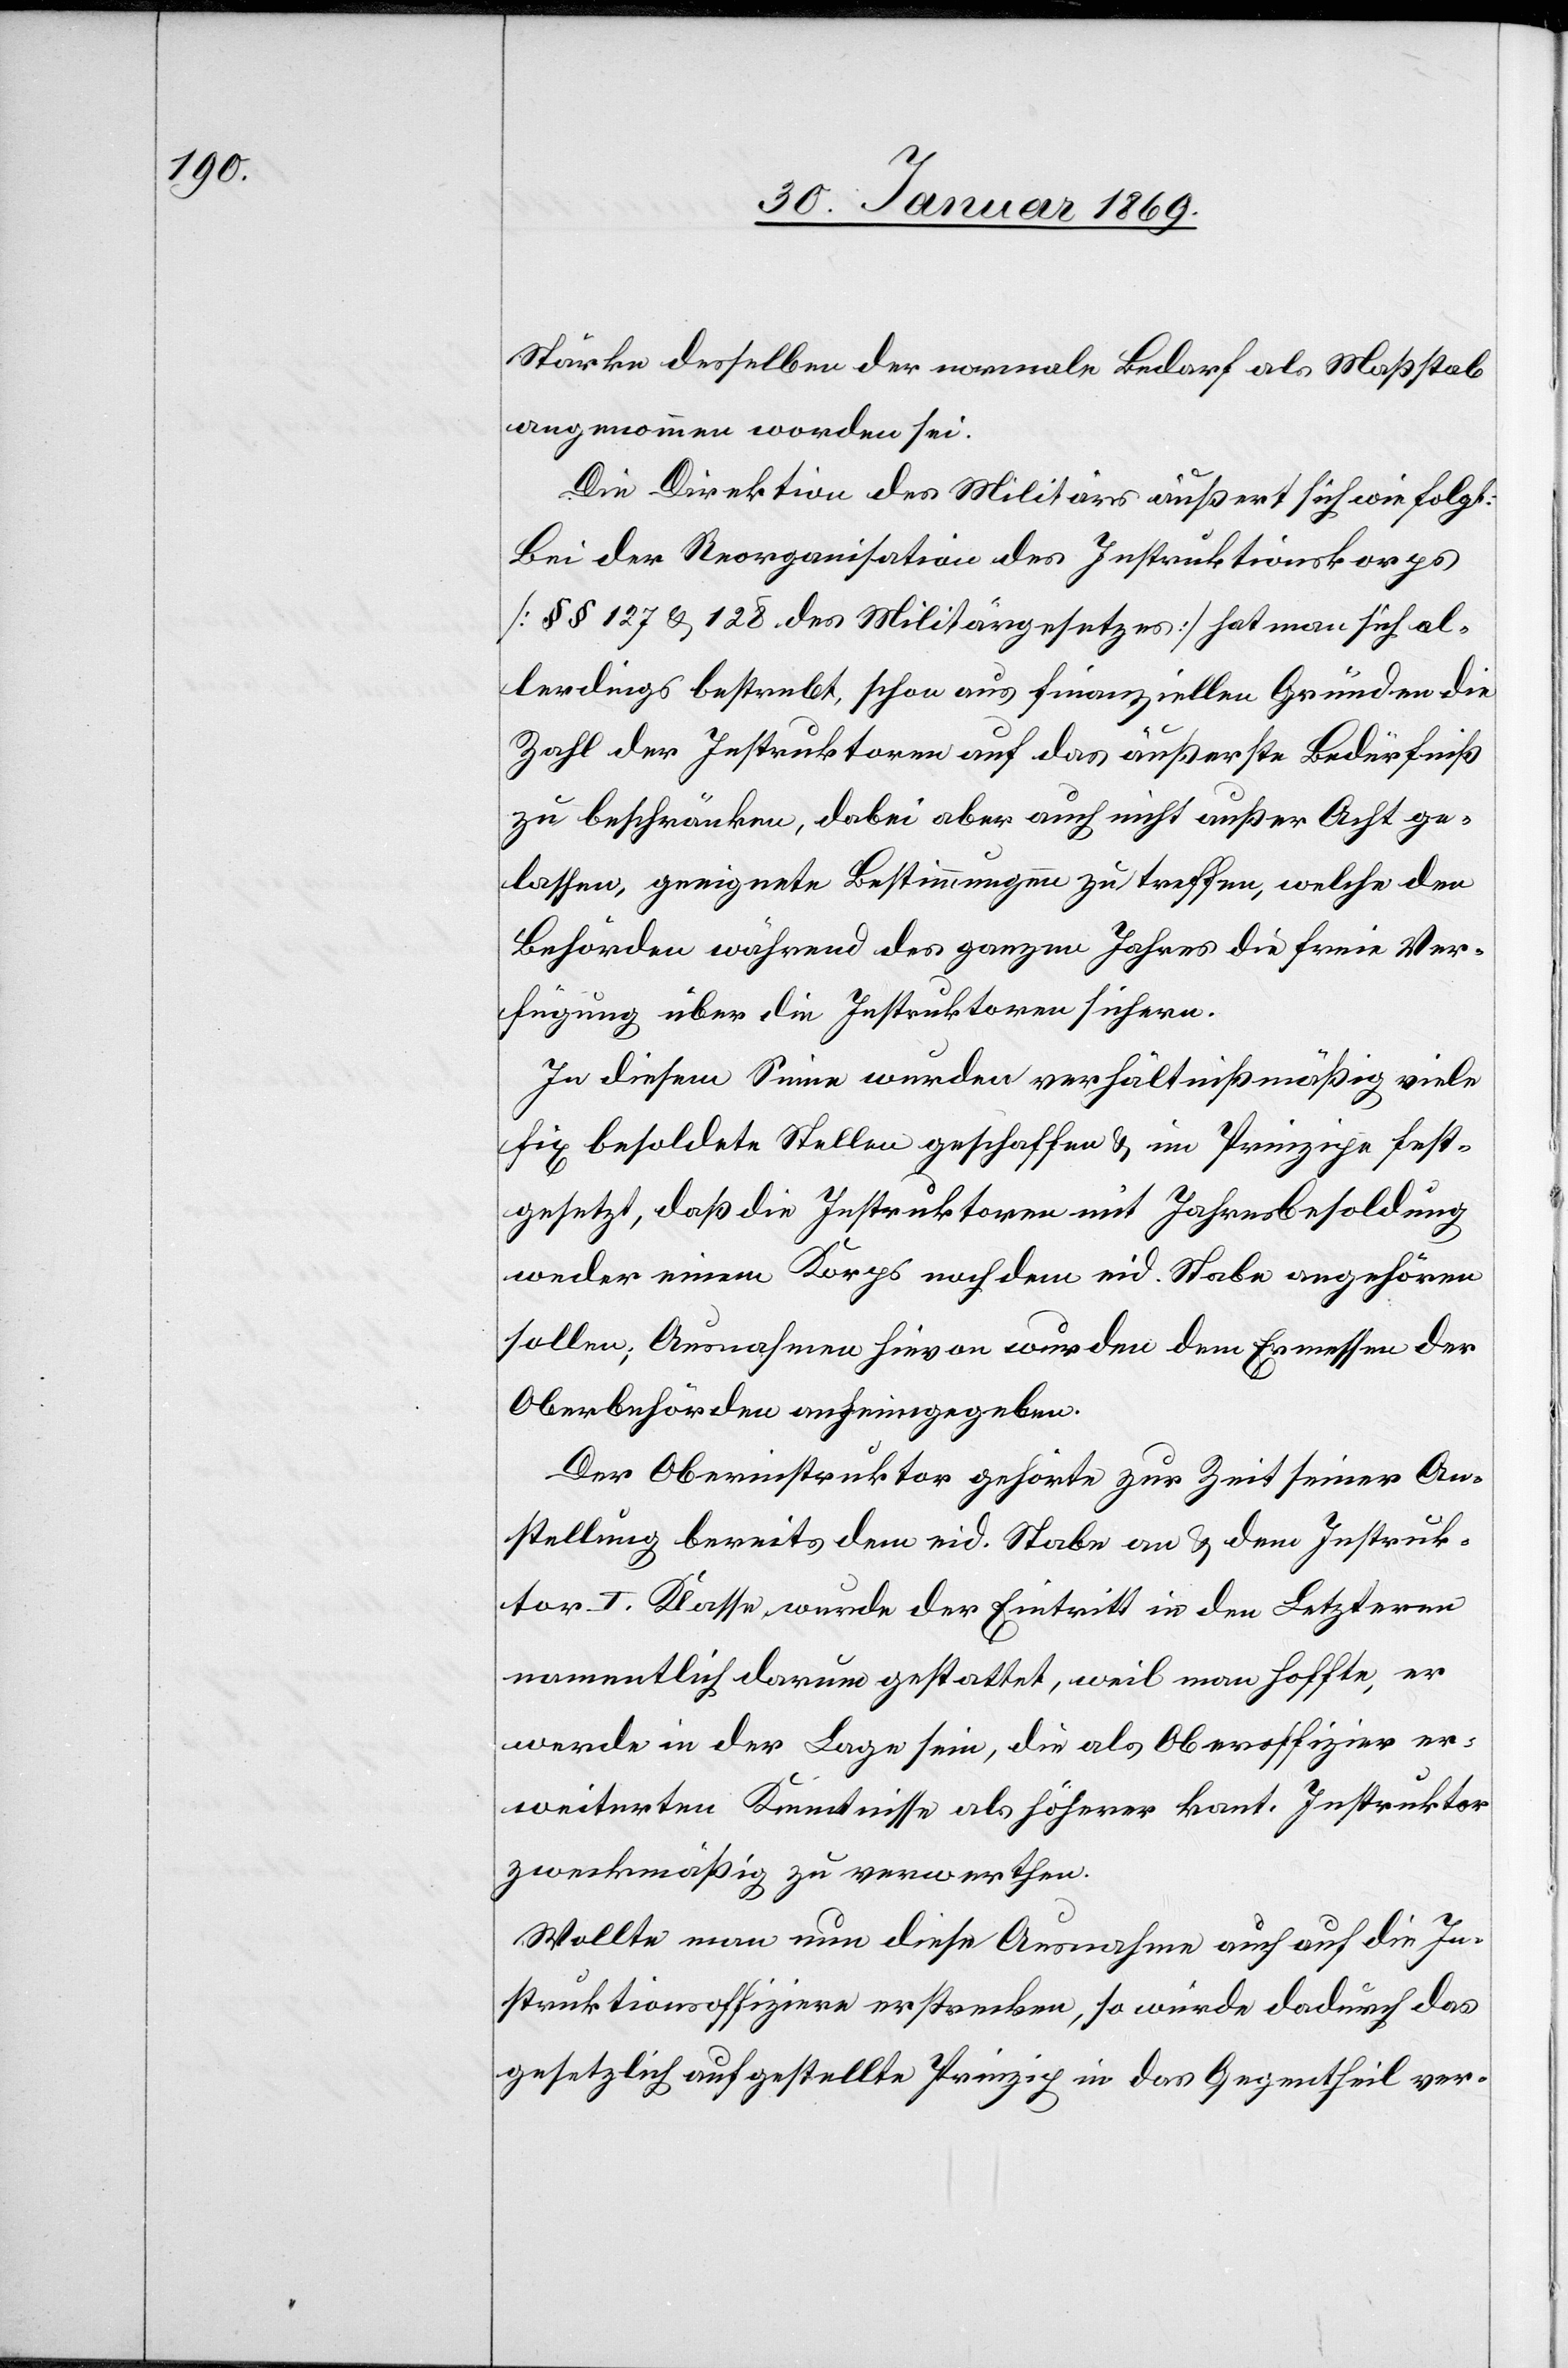
Stärke desselben der normale Bedarf als Maßstab
angenommen worden sei.
Die Direktion des Militärs äußert sich wie folgt:
Bei der Reorganisation des Instruktionskorps
[§§ 127 u. 128 des Militärgesetzes] hat man sich al¬
lerdings bestrebt, schon aus finanziellen Gründen die
Zahl der Instruktionen auf das äußerste Bedürfniß
zu beschränken, dabei aber auch nicht außer Acht ge¬
lassen, geeignete Bestimmungen zu treffen, welche den
Behörden während des ganzen Jahres die freie Ver¬
fügung über die Instruktionen sichern.
In diesem Sinne wurden verhältnißmäßig viele
fix besoldete Stellen geschaffen u. im Prinzip fest¬
gesetzt, daß die Instruktoren mit Jahresbesoldung
weder einen Korps noch dem eid. Stabe angehören
sollen; Ausnahme hievon wurden dem Ermessen der
Oberbehörden anheimgegeben.
Der Oberinstruktor gehörte zur Zeit seiner An¬
stellung bereits dem eid. Stabe an u. dem Instruk¬
tor I. Klasse wurde der Eintritt in den Letzteren
namentlich darum gestattet, weil man hoffte, er
werde in der Lage sein, die als Oberoffizier er¬
weiterten Kenntnisse als höherer kant. Instruktor
zweckmäßig zu verwerthen.
Wollte man nun diese Ausnahme auch auf die In¬
struktionsoffiziere erstrecken, so würde dadurch das
gesetzlich aufgestellte Prinzip in das Gegentheil ver-